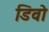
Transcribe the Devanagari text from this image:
डिवो